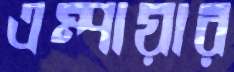
এম্পায়ার